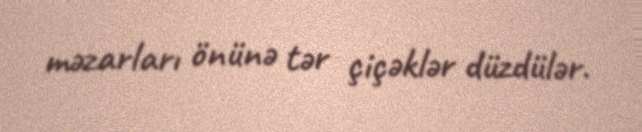
məzarları önünə tər çiçəklər düzdülər.